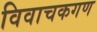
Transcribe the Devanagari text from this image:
विवाचकगण